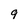
Character: g